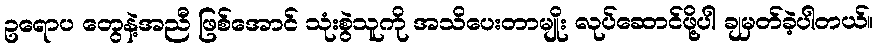
ဥရောပ တွေနဲ့အညီ ဖြစ်အောင် သုံးစွဲသူကို အသိပေးတာမျိုး လုပ်ဆောင်ဖို့ပါ ချမှတ်ခဲ့ပါတယ်။